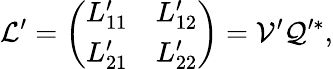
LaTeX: \mathcal{L}^{\prime}=\left(\begin{array}{ll}{L_{11}^{\prime}}&{L_{12}^{\prime}}\\ {L_{21}^{\prime}}&{L_{22}^{\prime}}\end{array}\right)=\mathcal{V}^{\prime}\mathcal{Q}^{\prime*},